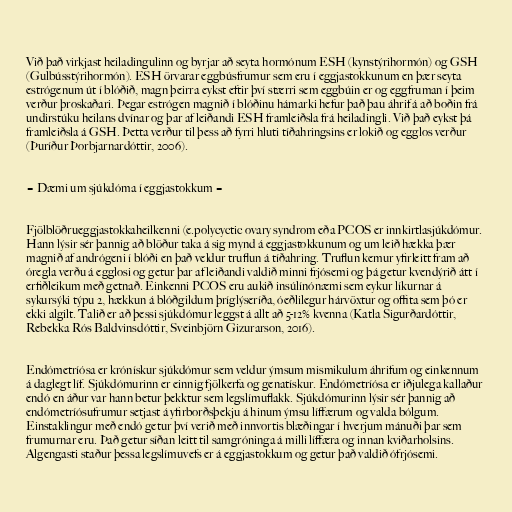
Við það virkjast heiladingulinn og byrjar að seyta hormónum ESH (kynstýrihormón) og GSH
(Gulbússtýrihormón). ESH örvarar eggbúsfrumur sem eru í eggjastokkunum en þær seyta
estrógenum út í blóðið, magn þeirra eykst eftir því stærri sem eggbúin er og eggfruman í þeim
verður þroskaðari. Þegar estrógen magnið í blóðinu hámarki hefur það þau áhrif á að boðin frá
undirstúku heilans dvínar og þar af leiðandi ESH framleiðsla frá heiladingli. Við það eykst þá
framleiðsla á GSH. Þetta verður til þess að fyrri hluti tíðahringsins er lokið og egglos verður
(Þuríður Þorbjarnardóttir, 2006).

= Dæmi um sjúkdóma í eggjastokkum =

Fjölblöðrueggjastokkaheilkenni (e.polycyctic ovary syndrom eða PCOS er innkirtlasjúkdómur.
Hann lýsir sér þannig að blöður taka á sig mynd á eggjastokkunum og um leið hækka þær
magnið af andrógeni í blóði en það veldur truflun á tíðahring. Truflun kemur yfirleitt fram að
óregla verðu á egglosi og getur þar af leiðandi valdið minni frjósemi og þá getur kvendýrið átt í
erfiðleikum með getnað. Einkenni PCOS eru aukið insúlínónæmi sem eykur líkurnar á
sykursýki týpu 2, hækkun á blóðgildum þríglýseríða, óeðlilegur hárvöxtur og offita sem þó er
ekki algilt. Talið er að þessi sjúkdómur leggst á allt að 5-12% kvenna (Katla Sigurðardóttir,
Rebekka Rós Baldvinsdóttir, Sveinbjörn Gizurarson, 2016).

Endómetríósa er krónískur sjúkdómur sem veldur ýmsum mismikulum áhrifum og einkennum
á daglegt líf. Sjúkdómurinn er einnig fjölkerfa og genatískur. Endómetríósa er iðjulega kallaður
endó en áður var hann betur þekktur sem legslímuflakk. Sjúkdómurinn lýsir sér þannig að
endómetríósufrumur setjast á yfirborðsþekju á hinum ýmsu líffærum og valda bólgum.
Einstaklingur með endó getur því verið með innvortis blæðingar í hverjum mánuði þar sem
frumurnar eru. Það getur síðan leitt til samgróninga á milli líffæra og innan kviðarholsins.
Algengasti staður þessa legslímuvefs er á eggjastokkum og getur það valdið ófrjósemi.